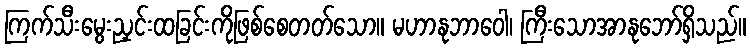
ကြက်သီးမွေးညှင်းထခြင်းကိုဖြစ်စေတတ်သော။ မဟာနုဘာဝေါ၊ ကြီးသောအာနုဘော်ရှိသည်။